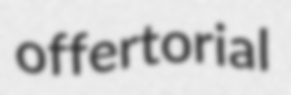
offertorial